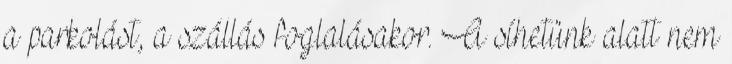
a parkolást, a szállás foglalásakor. A síhetünk alatt nem